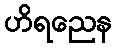
ဟိရညေန